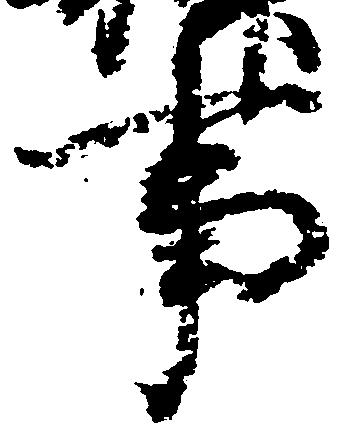
事